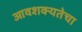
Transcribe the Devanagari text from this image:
आवशक्यतेचा